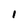
Character: 1